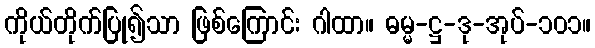
ကိုယ်တိုက်ပြု၍သာ ဖြစ်ကြောင်း ဂါထာ။ ဓမ္မ-ဋ္ဌ-ဒု-အုပ်-၁၀၁။